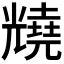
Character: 𫤦